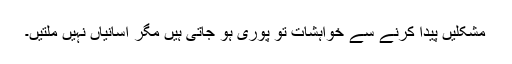
مشکلیں پیدا کرنے سے خواہشات تو پوری ہو جاتی ہیں مگر آسانیاں نہیں ملتیں۔